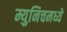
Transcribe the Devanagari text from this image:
म्युनिचमध्ये